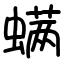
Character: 螨